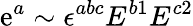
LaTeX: \mathrm{e}^{a}\sim\epsilon^{abc}E^{b1}E^{c2}